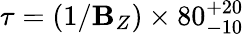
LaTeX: \tau=(1/\mathbf{B}_{Z})\times80_{-10}^{+20}